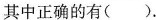
其中正确的有()。